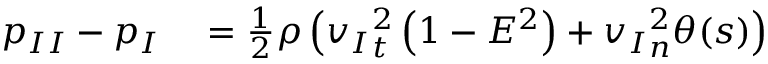
\begin{array} { r l } { { p _ { I I } } - { p _ { I } } } & { { } = { } \frac { 1 } { 2 } \rho \left( { v _ { I } } _ { t } ^ { 2 } \left( 1 - E ^ { 2 } \right) + { v _ { I } } _ { n } ^ { 2 } \theta ( s ) \right) } \end{array}